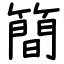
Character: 簡